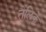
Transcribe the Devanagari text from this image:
तेलिके